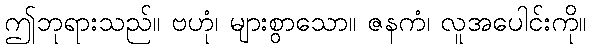
ဤဘုရားသည်။ ဗဟုံ၊ များစွာသော။ ဇနကံ၊ လူအပေါင်းကို။